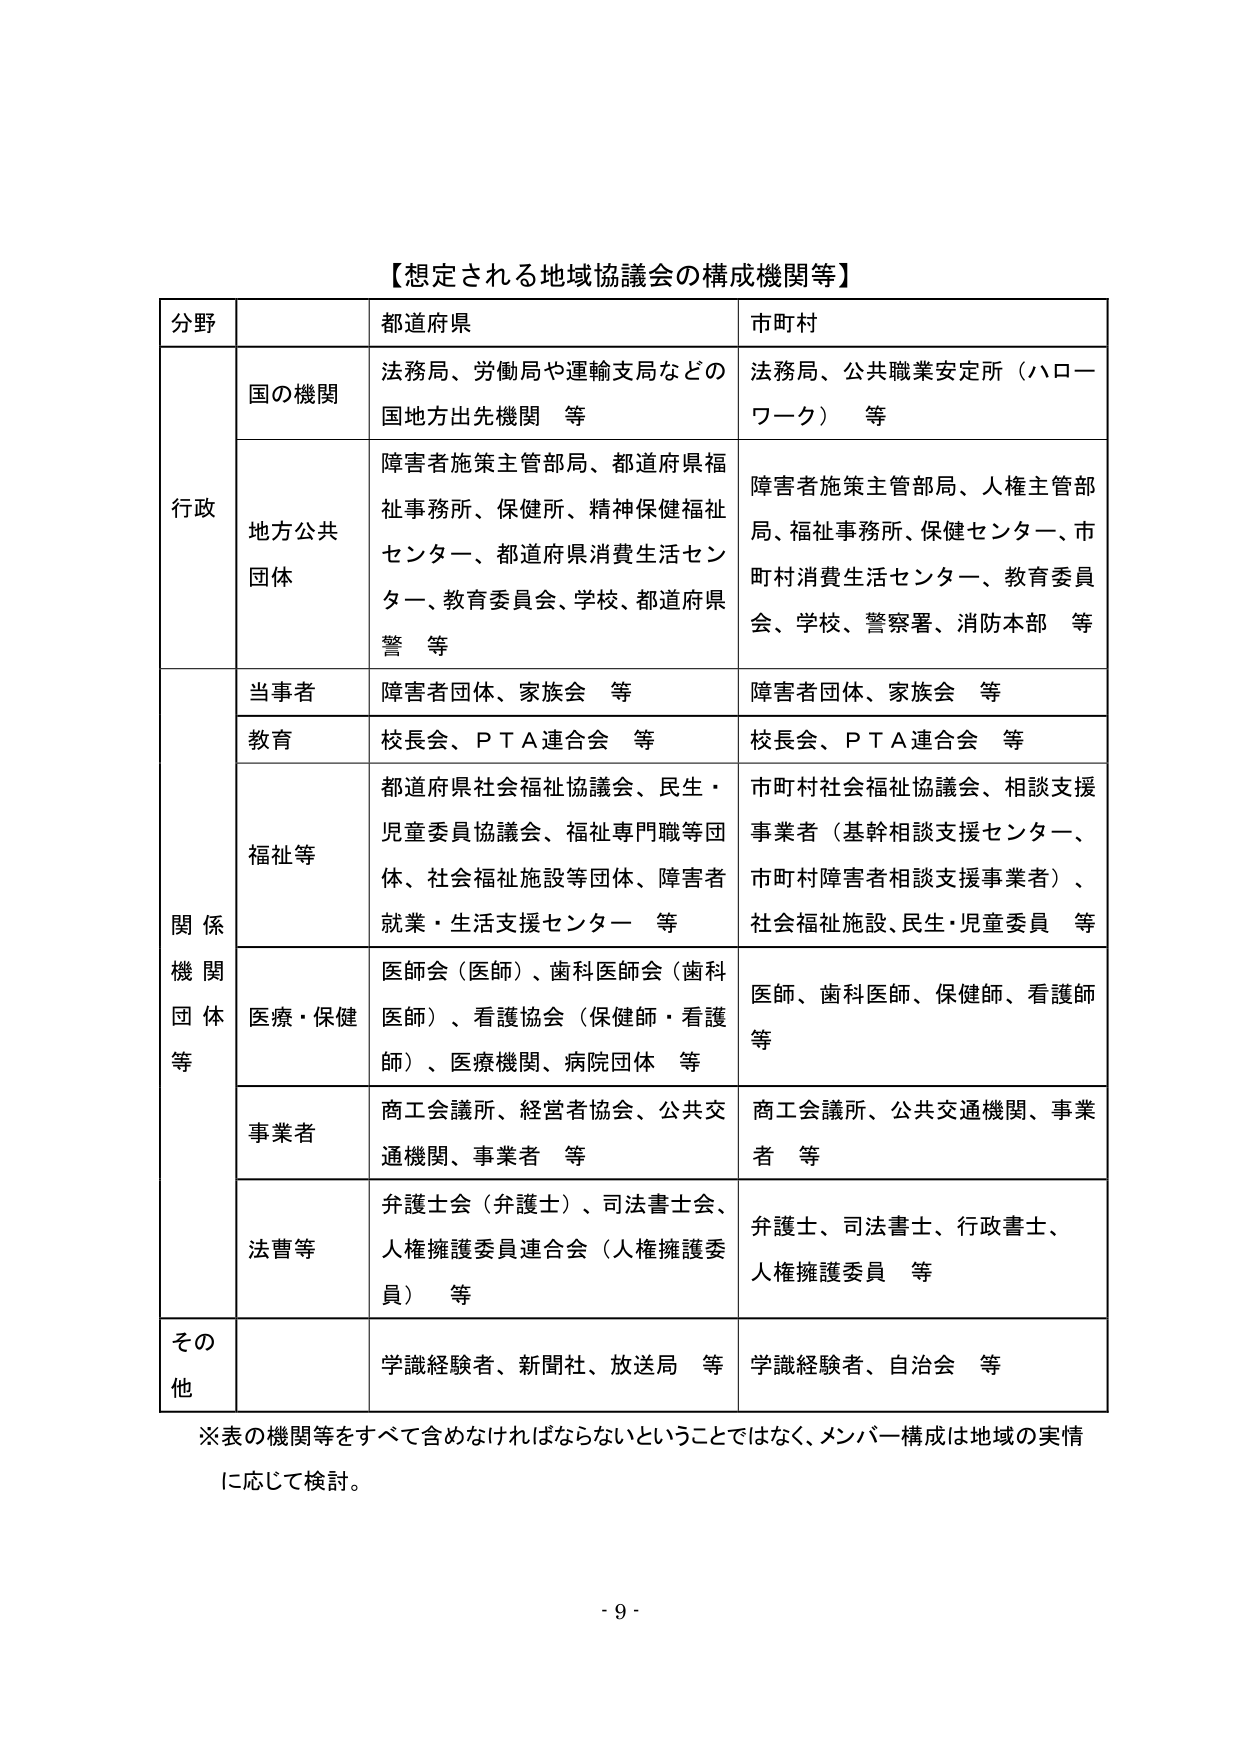
【想定される地域協議会の構成機関等】

分野	都道府県	市町村
行政	国の機関	法務局、労働局や運輸支局などの国地方出先機関　等	法務局、公共職業安定所（ハローワーク）　等
	地方公共団体	障害者施策主管部局、都道府県福祉事務所、保健所、精神保健福祉センター、都道府県消費生活センター、教育委員会、学校、都道府県警　等	障害者施策主管部局、人権主管部局、福祉事務所、保健センター、市町村消費生活センター、教育委員会、学校、警察署、消防本部　等
関係機関団体等	当事者	障害者団体、家族会　等	障害者団体、家族会　等
	教育	校長会、ＰＴＡ連合会　等	校長会、ＰＴＡ連合会　等
	福祉等	都道府県社会福祉協議会、民生・児童委員協議会、福祉専門職等団体、社会福祉施設等団体、障害者就業・生活支援センター　等	市町村社会福祉協議会、相談支援事業者（基幹相談支援センター、市町村障害者相談支援事業者）、社会福祉施設、民生・児童委員　等
	医療・保健	医師会（医師）、歯科医師会（歯科医師）、看護協会（保健師・看護師）、医療機関、病院団体　等	医師、歯科医師、保健師、看護師　等
	事業者	商工会議所、経営者協会、公共交通機関、事業者　等	商工会議所、公共交通機関、事業者　等
	法曹等	弁護士会（弁護士）、司法書士会、人権擁護委員連合会（人権擁護委員）　等	弁護士、司法書士、行政書士、人権擁護委員　等
その他		学識経験者、新聞社、放送局　等	学識経験者、自治会　等

※表の機関等をすべて含めなければならないということではなく、メンバー構成は地域の実情に応じて検討。

- 9 -